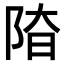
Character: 𨹞